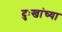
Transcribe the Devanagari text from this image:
दुःखांच्या